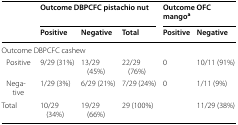
<table><thead><tr><td rowspan="2"></td><td colspan="3"><b>Outcome DBPCFC pistachio nut</b></td><td colspan="2"><b>Outcome OFC mango<sup>a</sup></b></td></tr><tr><td><b>Positive</b></td><td><b>Negative</b></td><td><b>Total</b></td><td><b>Positive</b></td><td><b>Negative</b></td></tr></thead><tbody><tr><td colspan="6">Outcome DBPCFC cashew</td></tr><tr><td> Positive</td><td>9/29 (31%)</td><td>13/29 (45%)</td><td>22/29 (76%)</td><td>0</td><td>10/11 (91%)</td></tr><tr><td> Negative</td><td>1/29 (3%)</td><td>6/29 (21%)</td><td>7/29 (24%)</td><td>0</td><td>1/11 (9%)</td></tr><tr><td>Total</td><td>10/29 (34%)</td><td>19/29 (66%)</td><td>29 (100%)</td><td></td><td>11/29 (38%)</td></tr></tbody></table>